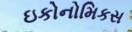
ઇકોનોમિકસ